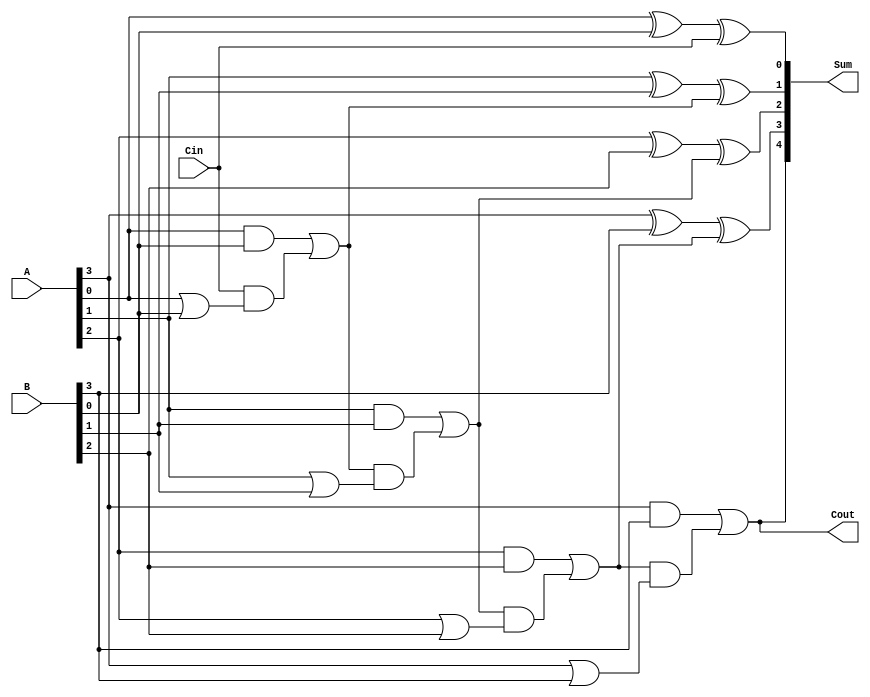
module conditional_sum_adder #(parameter N = 4) (
    input  [N-1:0] A,     // First operand
    input  [N-1:0] B,     // Second operand
    input  Cin,           // Carry-in
    output [N:0] Sum,     // Sum output
    output Cout           // Carry-out
);

    wire [N-1:0] S;       // Preliminary sum bits
    wire [N-1:0] C;       // Carry bits
    wire [N-1:0] C_cond;  // Conditional carry bits

    // Preliminary sum and carry generation
    genvar i;
    generate
        for (i = 0; i < N; i = i + 1) begin : bit_gen
            assign S[i] = A[i] ^ B[i]; // Sum without carry
            assign C[i] = A[i] & B[i];  // Carry from this bit
        end
    endgenerate

    // Conditional carry calculation
    // C_cond[i] = C_in + (C[i-1] & (A[i-1] | B[i-1]))
    assign C_cond[0] = Cin; // Initial carry in for the first bit
    generate
        for (i = 1; i < N; i = i + 1) begin : carry_gen
            assign C_cond[i] = C[i-1] | (C_cond[i-1] & (A[i-1] | B[i-1]));
        end
    endgenerate

    // Final sum calculation based on conditional carries
    // If C_cond[i-1] is set, we use S + 1 for sum bit i
    generate
        for (i = 0; i < N; i = i + 1) begin : sum_gen
            assign Sum[i] = S[i] ^ C_cond[i]; // Final sum bit
        end
    endgenerate

    // Carry out is determined by the last carry condition
    assign Cout = C[N-1] | (C_cond[N-1] & (A[N-1] | B[N-1]));

    // Final carry out and sum output
    assign Sum[N] = Cout;

endmodule